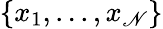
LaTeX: \{ x_{1},...,x_{\mathscr{N}}\}